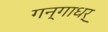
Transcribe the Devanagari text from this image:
गन्गाधर्